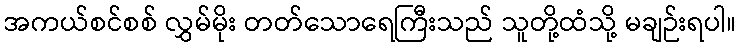
အကယ်စင်စစ် လွှမ်မိုး တတ်သောရေကြီးသည် သူတို့ထံသို့ မချဉ်းရပါ။